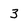
Character: 3